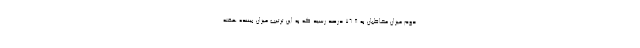
دوم میزان مخاطبان به ۷۶.۸ درصد رسید که به این ترتیب میزان بیننده هفته